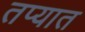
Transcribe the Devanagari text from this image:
तप्यात